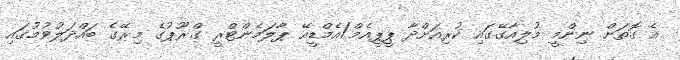
އެ ގޮތަށް ނިންމީ މުލިއާގޭގައި ކުރިއަށްދާ ޕީޕީއެމް/އެމްޑީއޭ ޕާލަމެންޓްރީ ގްރޫޕުގެ މިރޭގެ ބައްދަލުވުމުގައި